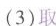
（3）取